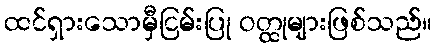
ထင်ရှားသောမှီငြမ်းပြု ဝတ္ထုများဖြစ်သည်။